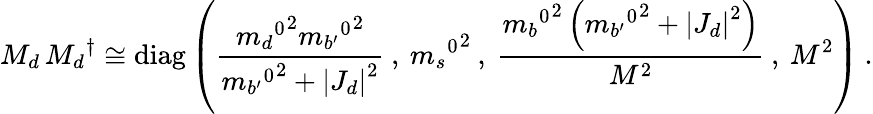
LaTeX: M_{d}\, {M_{d}}^{\dagger}\cong\mathrm{diag}\left(\frac{{{m_{d}}^{0}}^{2}{{m_{b^{\prime}}}^{0}}^{2}}{{{m_{b^{\prime}}}^{0}}^{2}+\left|J_{d}\right|^{2}}\: ,\: {{m_{s}}^{0}}^{2}\: ,\: \frac{{{m_{b}}^{0}}^{2}\left({{m_{b^{\prime}}}^{0}}^{2}+\left|J_{d}\right|^{2}\right)}{M^{2}}\: ,\: M^{2}\right)\: .